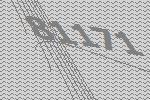
81171